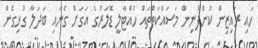
ހައި ރައިޒިން ކުންފުނިން މަސައްކަތްތައް ހުއްޓާލީ ޑޮލަރުގެ އަގަށް ގެނައި ބަދަލާ ގުޅިގެން